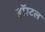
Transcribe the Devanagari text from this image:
हॉस्‍टल